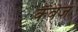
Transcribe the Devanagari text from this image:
कॅबेज